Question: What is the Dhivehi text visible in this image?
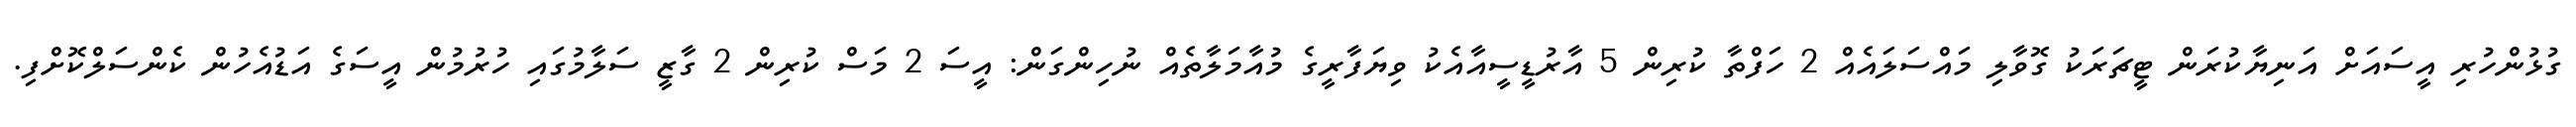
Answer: ގުޅުންހުރި އީސައަށް އަނިޔާކުރަން ޓީޗަރަކު ގޮވާލި މައްސަލައެއް 2 ހަފްތާ ކުރިން 5 އާރުޑީސީއާއެކު ވިޔަފާރީގެ މުއާމަލާތެއް ނުހިންގަން: އީސަ 2 މަސް ކުރިން 2 ގާޒީ ސަލާމުގައި ހުރުމުން އީސަގެ އަޑުއެހުން ކެންސަލްކޮށްފި.